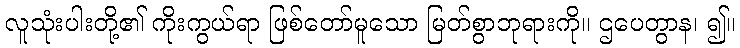
လူသုံးပါးတို့၏ ကိုးကွယ်ရာ ဖြစ်တော်မူသော မြတ်စွာဘုရားကို။ ဌပေတွာန၊ ၍။